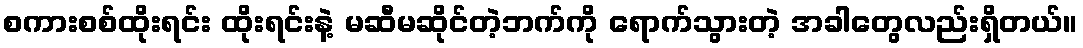
စကားစစ်ထိုးရင်း ထိုးရင်းနဲ့ မဆီမဆိုင်တဲ့ဘက်ကို ရောက်သွားတဲ့ အခါတွေလည်းရှိတယ်။